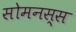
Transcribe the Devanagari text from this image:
सोमनस्स